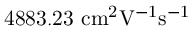
\mathrm { 4 8 8 3 . 2 3 \ c m ^ { 2 } V ^ { - 1 } s ^ { - 1 } }